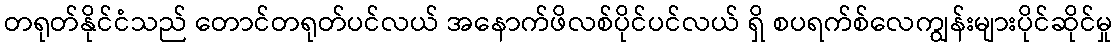
တရုတ်နိုင်ငံသည် တောင်တရုတ်ပင်လယ် အနောက်ဖိလစ်ပိုင်ပင်လယ် ရှိ စပရက်စ်လေကျွန်းများပိုင်ဆိုင်မှု